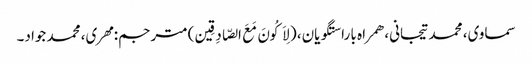
سماوی، محمد تیجانی، همراه با راستگویان، (لِاَکُونَ مَعَ الصّادِقِین) مترجم: مهری، محمد جواد۔